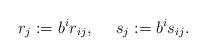
LaTeX: \begin{align*}r_j := b^i r_{ij}, \ \ \ \ s_j:=b^i s_{ij}.\end{align*}